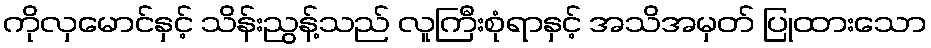
ကိုလှမောင်နှင့် သိန်းညွန့်သည် လူကြီးစုံရာနှင့် အသိအမှတ် ပြုထားသော